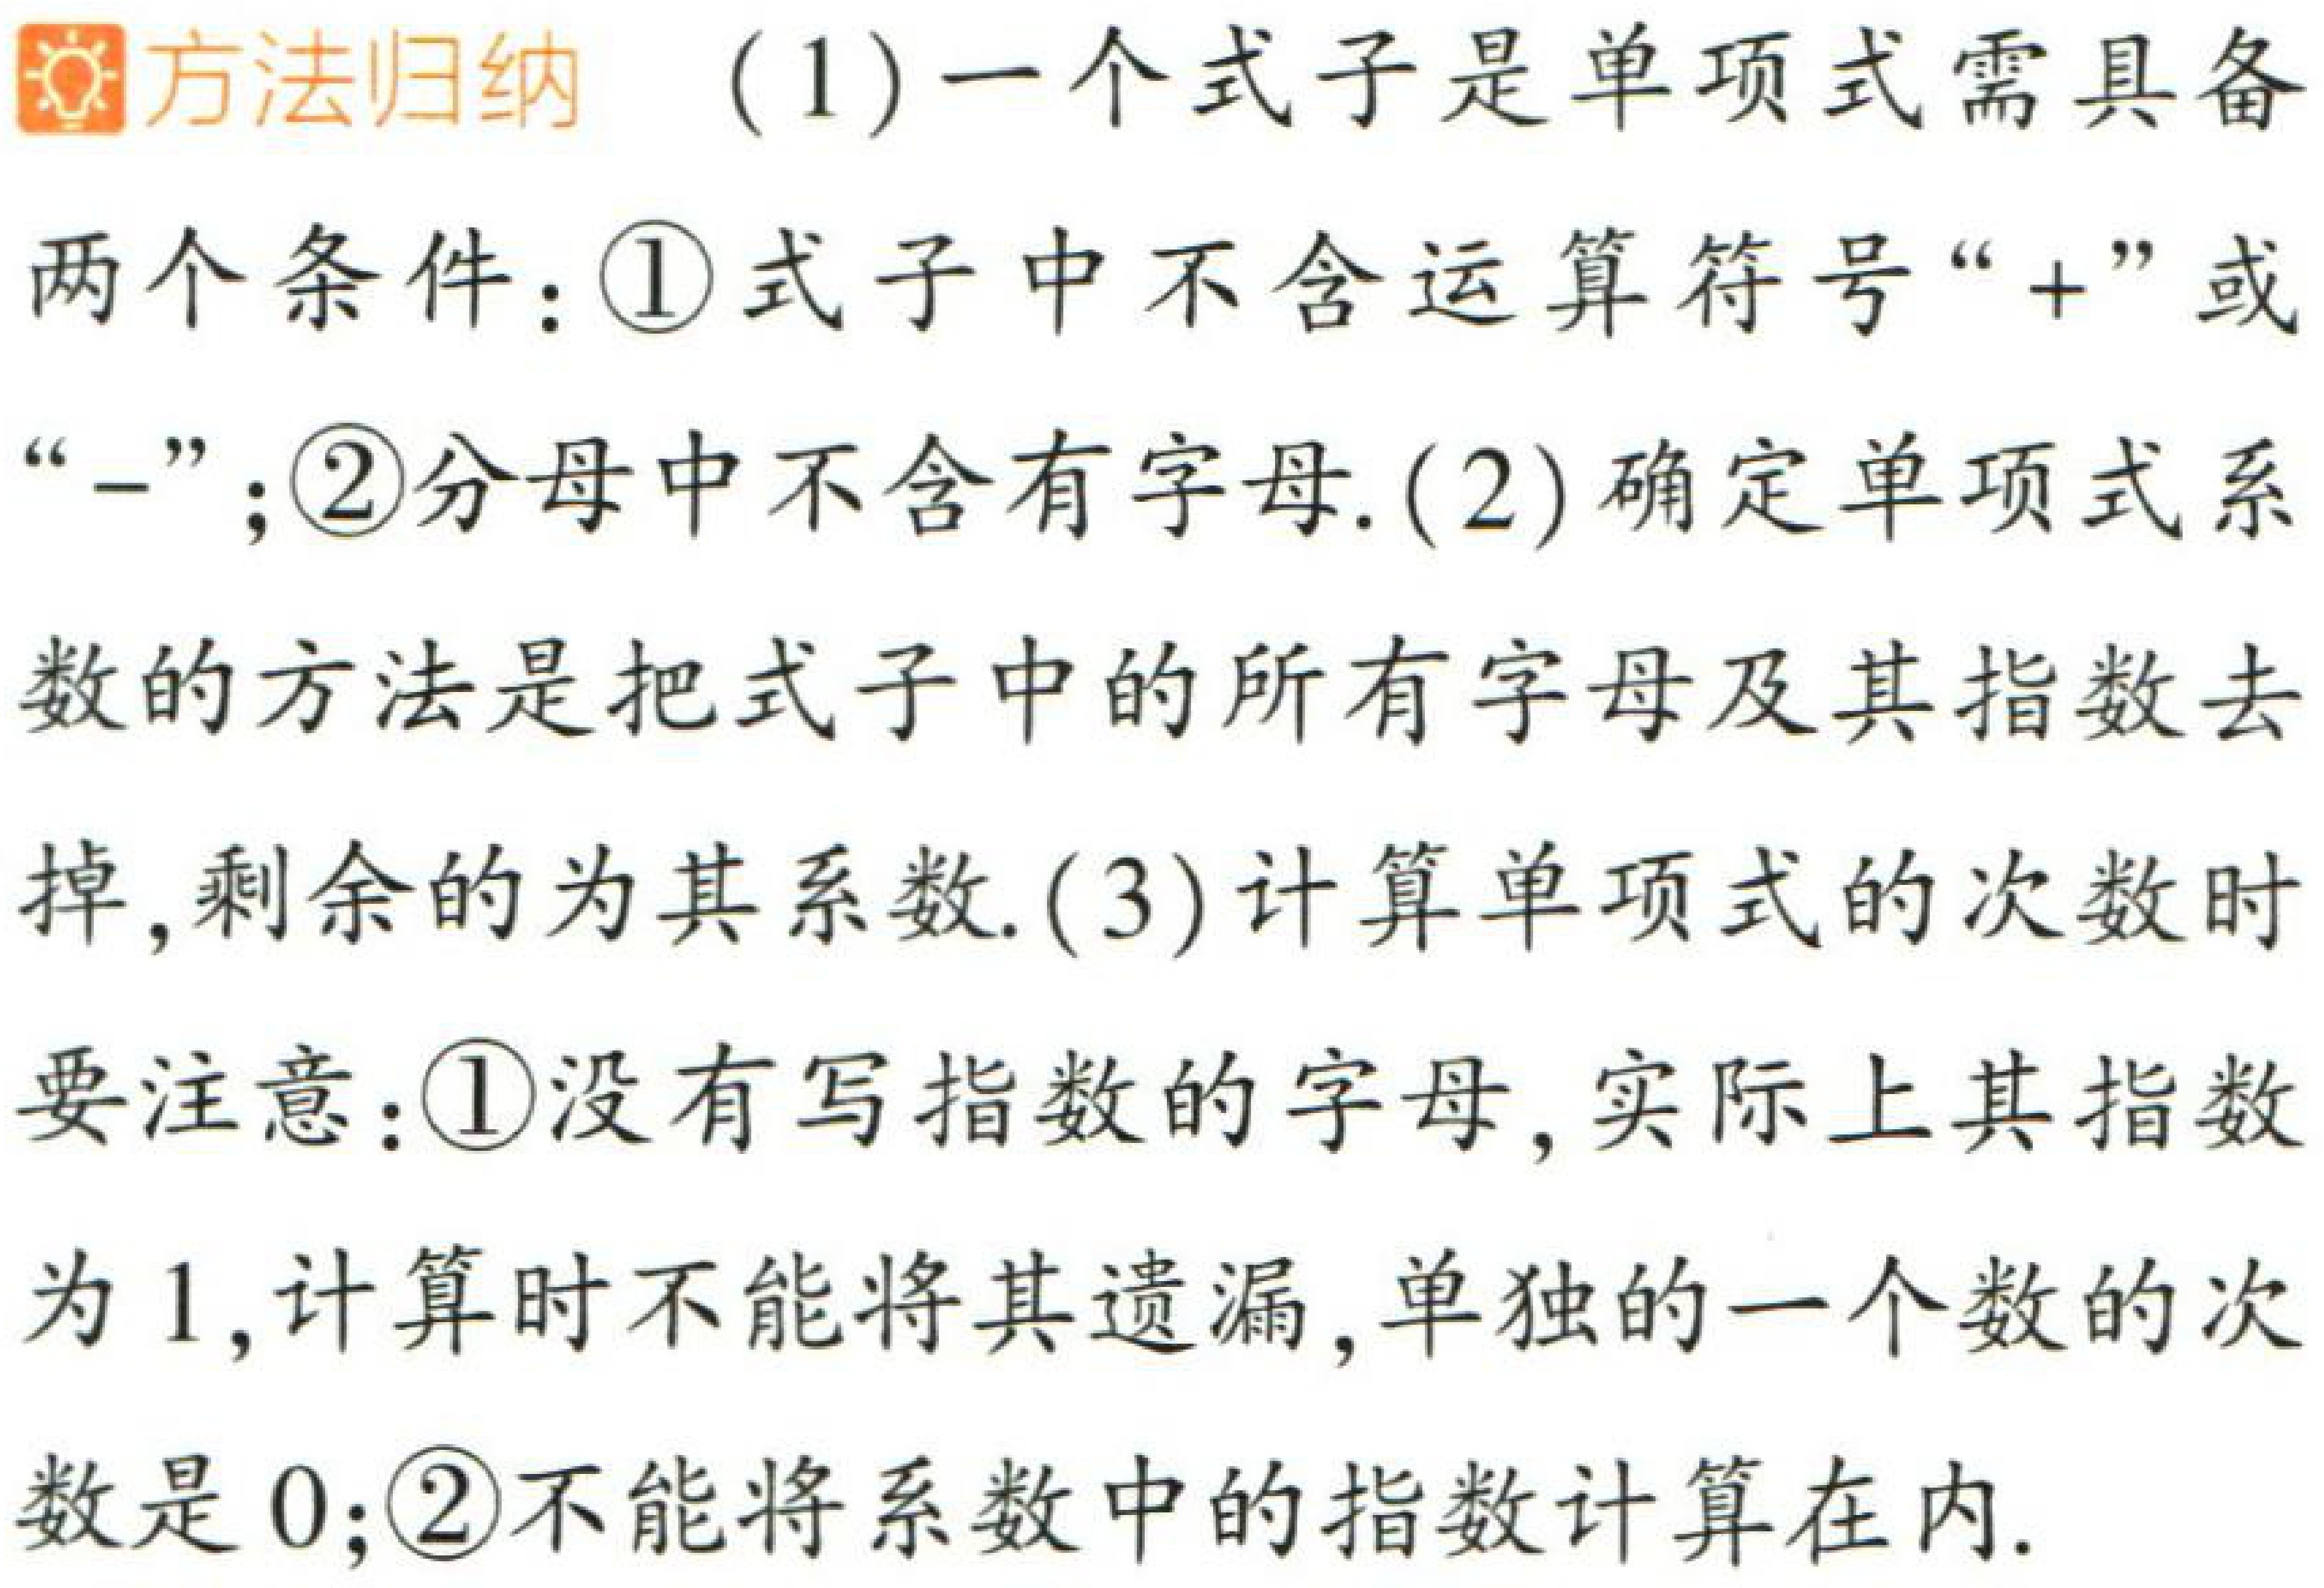
\(700\times\frac{11}{35}=220（本）\)